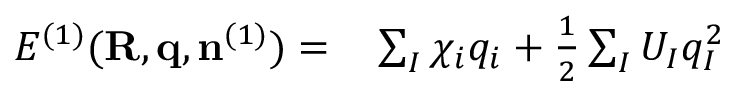
\begin{array} { r l } { { \cal E } ^ { ( 1 ) } ( { \bf R , q } , { \bf n } ^ { ( 1 ) } ) = } & { { } \sum _ { I } \chi _ { i } q _ { i } + \frac { 1 } { 2 } \sum _ { I } U _ { I } q _ { I } ^ { 2 } } \end{array}